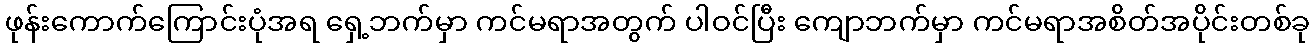
ဖုန်းကောက်ကြောင်းပုံအရ ရှေ့ဘက်မှာ ကင်မရာအတွက် ပါဝင်ပြီး ကျောဘက်မှာ ကင်မရာအစိတ်အပိုင်းတစ်ခု